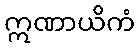
ဣဏာယိကံ